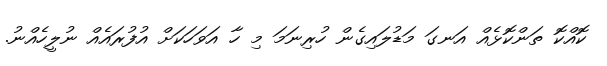
ކޮއްކޮ ތަންކޮޅެއް އަނގަ މަޑުލައިގެން ހުރިނަމަ މި ހާ އަވަހަކަށް އުފުރައެއް ނުލީހެއްނު.